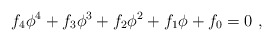
\begin{align*}f_4\phi^4+f_3\phi^3+f_2\phi^2+f_1\phi+f_0=0\ , \end{align*}